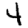
Digit: 4